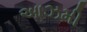
આઝમી